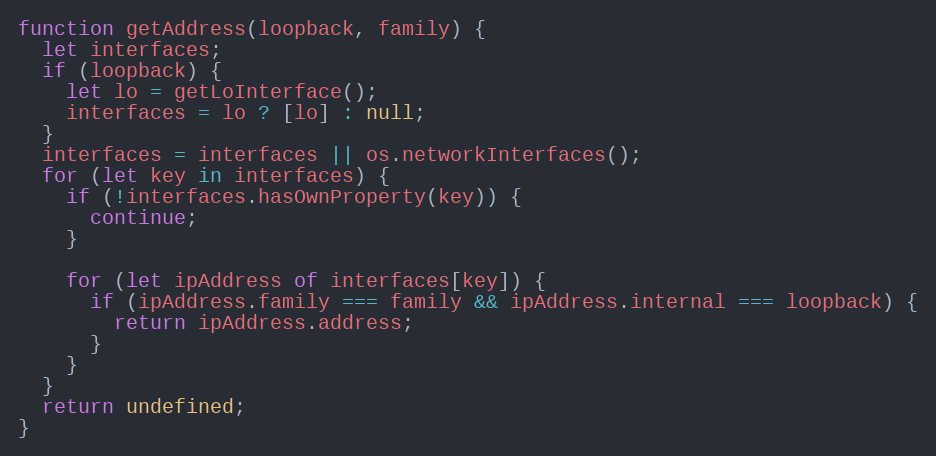
Language: JavaScript
function getAddress(loopback, family) {
  let interfaces;
  if (loopback) {
    let lo = getLoInterface();
    interfaces = lo ? [lo] : null;
  }
  interfaces = interfaces || os.networkInterfaces();
  for (let key in interfaces) {
    if (!interfaces.hasOwnProperty(key)) {
      continue;
    }

    for (let ipAddress of interfaces[key]) {
      if (ipAddress.family === family && ipAddress.internal === loopback) {
        return ipAddress.address;
      }
    }
  }
  return undefined;
}